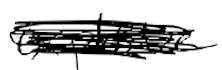
Text: explosive
Cross-out: scratch
Writing tool: digital_black